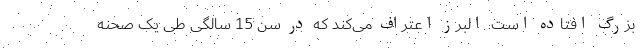
بزرگ افتاده است. البرز اعتراف می‌کند که در سن 15 سالگی طی یک صحنه